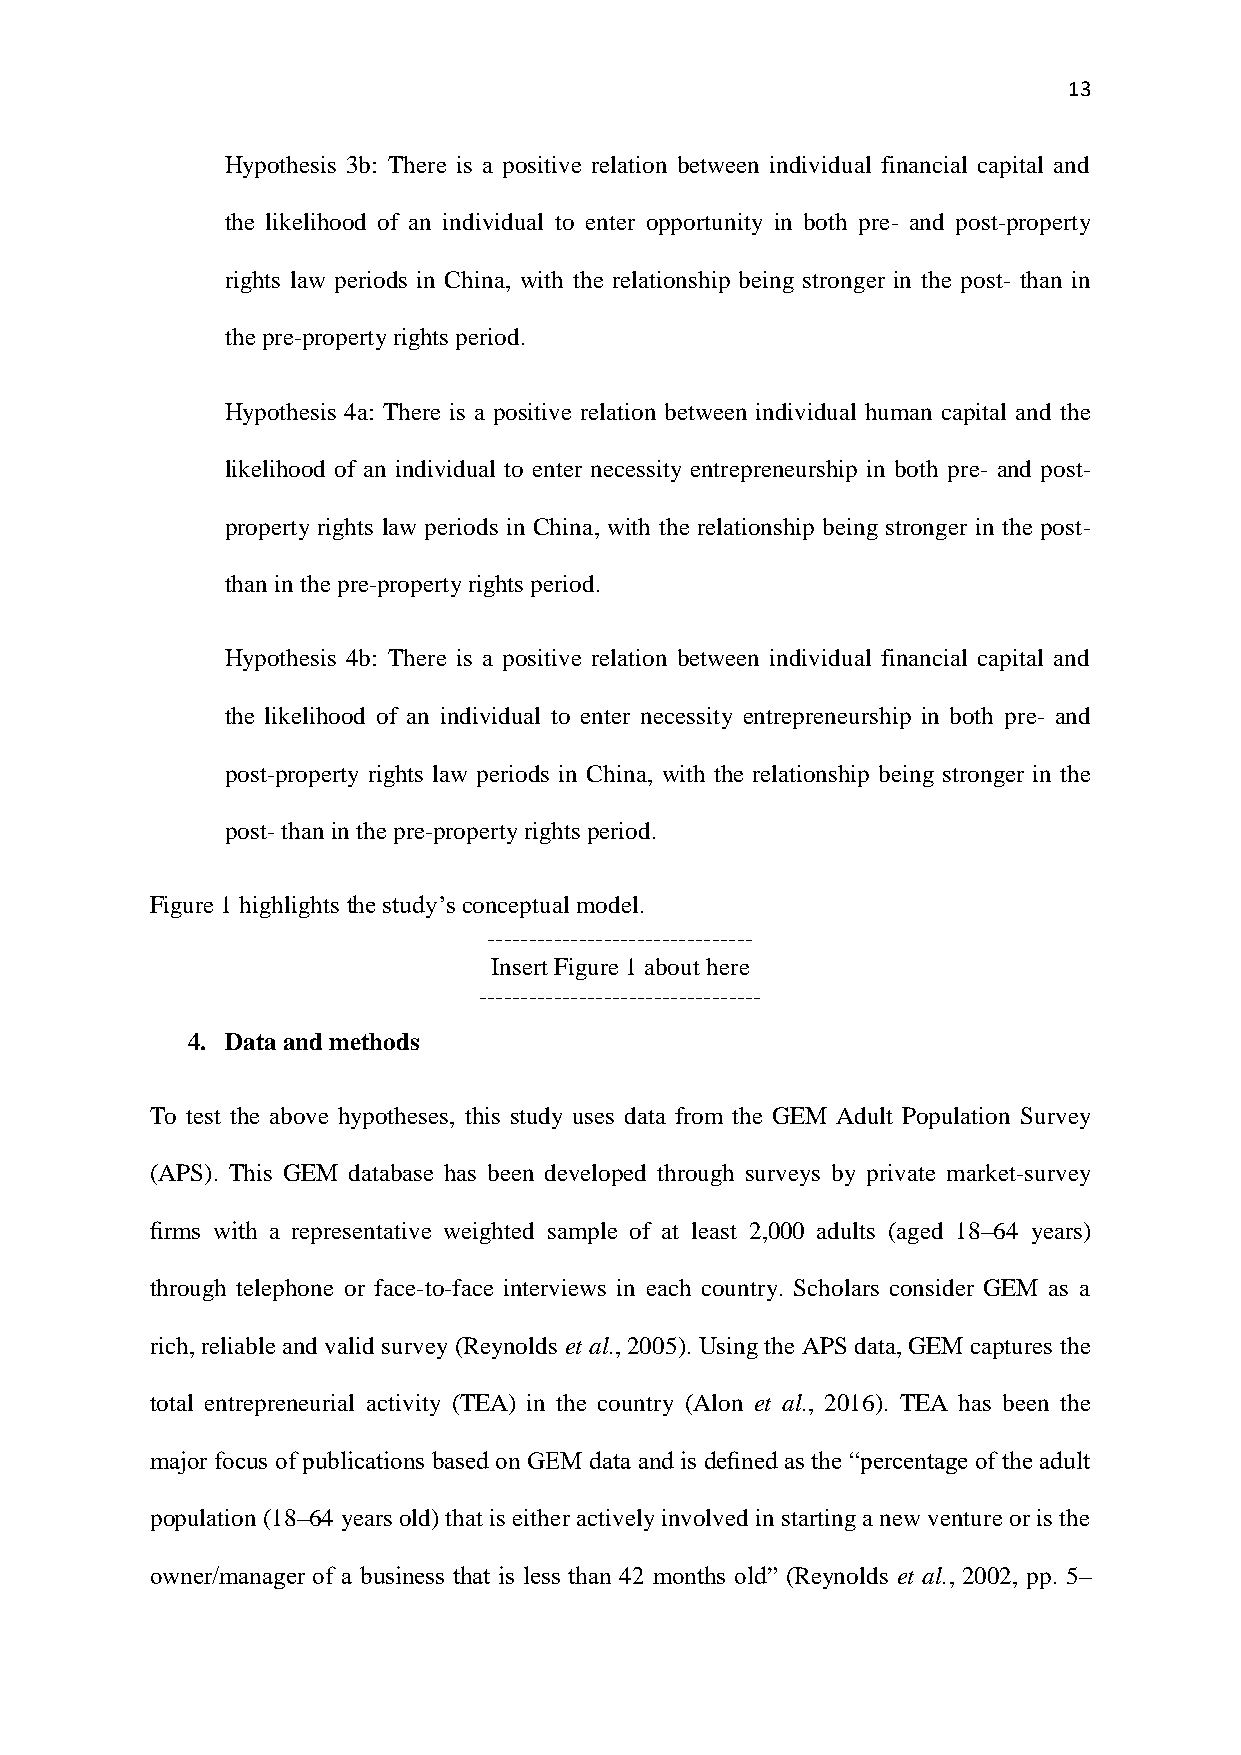
13
 Hypothesis 3b: There is a positive relation between individual financial capital and
 the likelihood of an individual to enter opportunity in both pre- and post-property
 rights law periods in China, with the relationship being stronger in the post- than in
 the pre-property rights period.
 Hypothesis 4a: There is a positive relation between individual human capital and the
 likelihood of an individual to enter necessity entrepreneurship in both pre- and post-
 property rights law periods in China, with the relationship being stronger in the post-
 than in the pre-property rights period.
 Hypothesis 4b: There is a positive relation between individual financial capital and
 the likelihood of an individual to enter necessity entrepreneurship in both pre- and
 post-property rights law periods in China, with the relationship being stronger in the
 post- than in the pre-property rights period.
 Figure 1 highlights the study’s conceptual model.
 --------------------------------
 Insert Figure 1 about here
 ----------------------------------
 4. Data and methods
 To test the above hypotheses, this study uses data from the GEM Adult Population Survey
 (APS). This GEM database has been developed through surveys by private market-survey
 firms with a representative weighted sample of at least 2,000 adults (aged 18–64 years)
 through telephone or face-to-face interviews in each country. Scholars consider GEM as a
 rich, reliable and valid survey (Reynolds et al., 2005). Using the APS data, GEM captures the
 total entrepreneurial activity (TEA) in the country (Alon et al., 2016). TEA has been the
 major focus of publications based on GEM data and is defined as the “percentage of the adult
 population (18–64 years old) that is either actively involved in starting a new venture or is the
 owner/manager of a business that is less than 42 months old” (Reynolds et al., 2002, pp. 5–